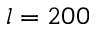
l = 2 0 0